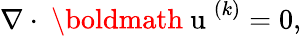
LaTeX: \nabla\cdot{\mathrm{~\boldmath~u~}}^{(k)}=0,